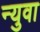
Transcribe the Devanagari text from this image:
न्युवा